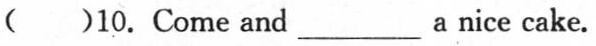
( )10. Come and___a nice cake.